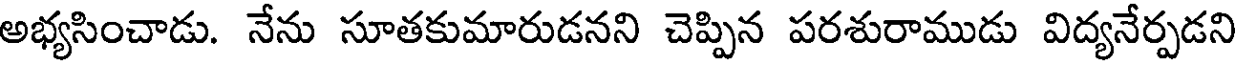
అభ్యసించాడు. నేను సూతకుమారుడనని చెప్పిన పరశురాముడు విద్యనేర్పడని